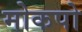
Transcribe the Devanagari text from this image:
मोकपो